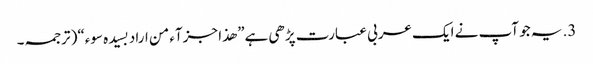
3. یہ جو آپ نے ایک عربی عبارت پڑھی ہے” ھذا جزآء من اراد بسیدہ سوء“( ترجمہ۔